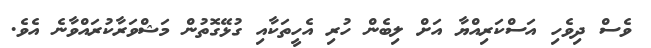
ވެސް ދިވެހި އަސްކަރިއްޔާ އަށް ލިބެން ހުރި އެހީތަކާއި ގުޅޭގޮތުން މަޝްވަރާކުރައްވާނެ އެވެ.